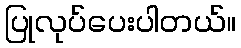
ပြုလုပ်ပေးပါတယ်။